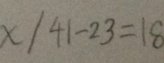
x / 4 1 - 2 3 = 1 8